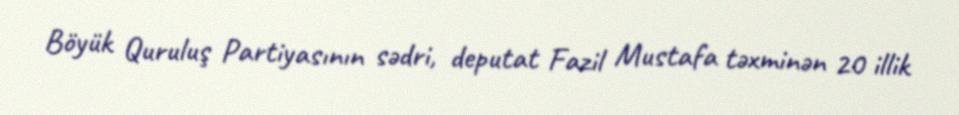
Böyük Quruluş Partiyasının sədri, deputat Fazil Mustafa təxminən 20 illik